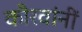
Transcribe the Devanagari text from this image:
कौरवांनीं